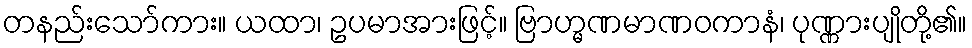
တနည်းသော်ကား။ ယထာ၊ ဥပမာအားဖြင့်။ ဗြာဟ္မဏမာဏဝကာနံ၊ ပုဏ္ဏားပျိုတို့၏။